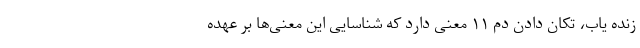
زنده یاب، تکان دادن دم ۱۱ معنی دارد که شناسایی این معنی‌ها بر عهده